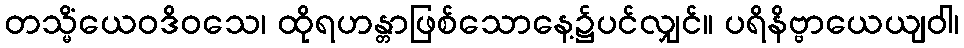
တသ္မိံယေဝဒိဝသေ၊ ထိုရဟန္တာဖြစ်သောနေ့၌ပင်လျှင်။ ပရိနိဗ္ဗာယေယျဝါ၊